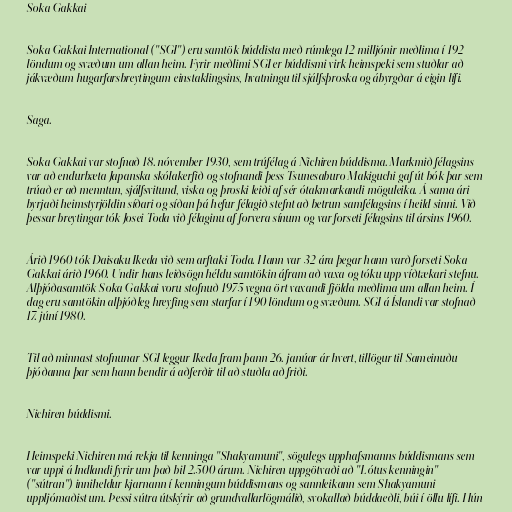
Soka Gakkai

Soka Gakkai International ("SGI") eru samtök búddista með rúmlega 12 milljónir meðlima í 192
löndum og svæðum um allan heim. Fyrir meðlimi SGI er búddismi virk heimspeki sem stuðlar að
jákvæðum hugarfarsbreytingum einstaklingsins, hvatningu til sjálfsþroska og ábyrgðar á eigin lífi.

Saga.

Soka Gakkai var stofnað 18. nóvember 1930, sem trúfélag á Nichiren búddisma. Markmið félagsins
var að endurbæta Japanska skólakerfið og stofnandi þess Tsunesaburo Makiguchi gaf út bók þar sem
trúað er að menntun, sjálfsvitund, viska og þroski leiði af sér ótakmarkandi möguleika. Á sama ári
byrjaði heimstyrjöldin síðari og síðan þá hefur félagið stefnt að betrun samfélagsins í heild sinni. Við
þessar breytingar tók Josei Toda við félaginu af forvera sínum og var forseti félagsins til ársins 1960.

Árið 1960 tók Daisaku Ikeda við sem arftaki Toda. Hann var 32 ára þegar hann varð forseti Soka
Gakkai árið 1960. Undir hans leiðsögn héldu samtökin áfram að vaxa og tóku upp víðtækari stefnu.
Alþjóðasamtök Soka Gakkai voru stofnuð 1975 vegna ört vaxandi fjölda meðlima um allan heim. Í
dag eru samtökin alþjóðleg hreyfing sem starfar í 190 löndum og svæðum. SGI á Íslandi var stofnað
17. júní 1980.

Til að minnast stofnunar SGI leggur Ikeda fram þann 26. janúar ár hvert, tillögur til Sameinuðu
þjóðanna þar sem hann bendir á aðferðir til að stuðla að friði.

Nichiren búddismi.

Heimspeki Nichiren má rekja til kenninga "Shakyamuni", sögulegs upphafsmanns búddismans sem
var uppi á Indlandi fyrir um það bil 2.500 árum. Nichiren uppgötvaði að "Lótus kenningin"
("sútran") inniheldur kjarnann í kenningum búddismans og sannleikann sem Shakyamuni
uppljómaðist um. Þessi sútra útskýrir að grundvallarlögmálið, svokallað búddaeðli, búi í öllu lífi. Hún